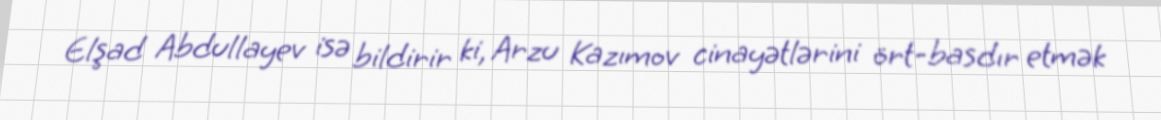
Elşad Abdullayev isə bildirir ki, Arzu Kazımov cinayətlərini ört-basdır etmək